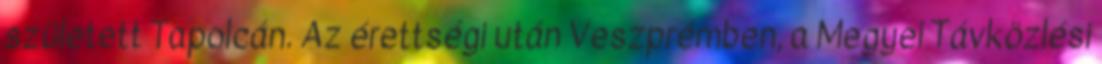
született Tapolcán. Az érettségi után Veszprémben, a Megyei Távközlési